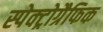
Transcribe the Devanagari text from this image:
स्पेक्ट्रोग्रैफिक